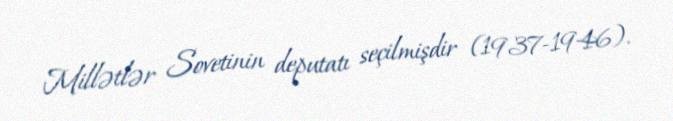
Millətlər Sovetinin deputatı seçilmişdir (1937-1946).